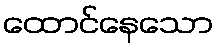
ထောင်နေသော